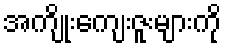
အကျိုးကျေးဇူးများကို